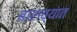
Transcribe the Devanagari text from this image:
बाराव्यात